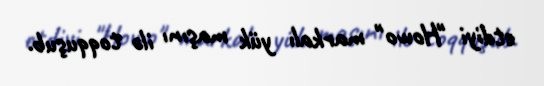
etdiyi "Howo" markalı yük maşını ilə toqquşub.